Tartu_linnavalitsus, lk 11
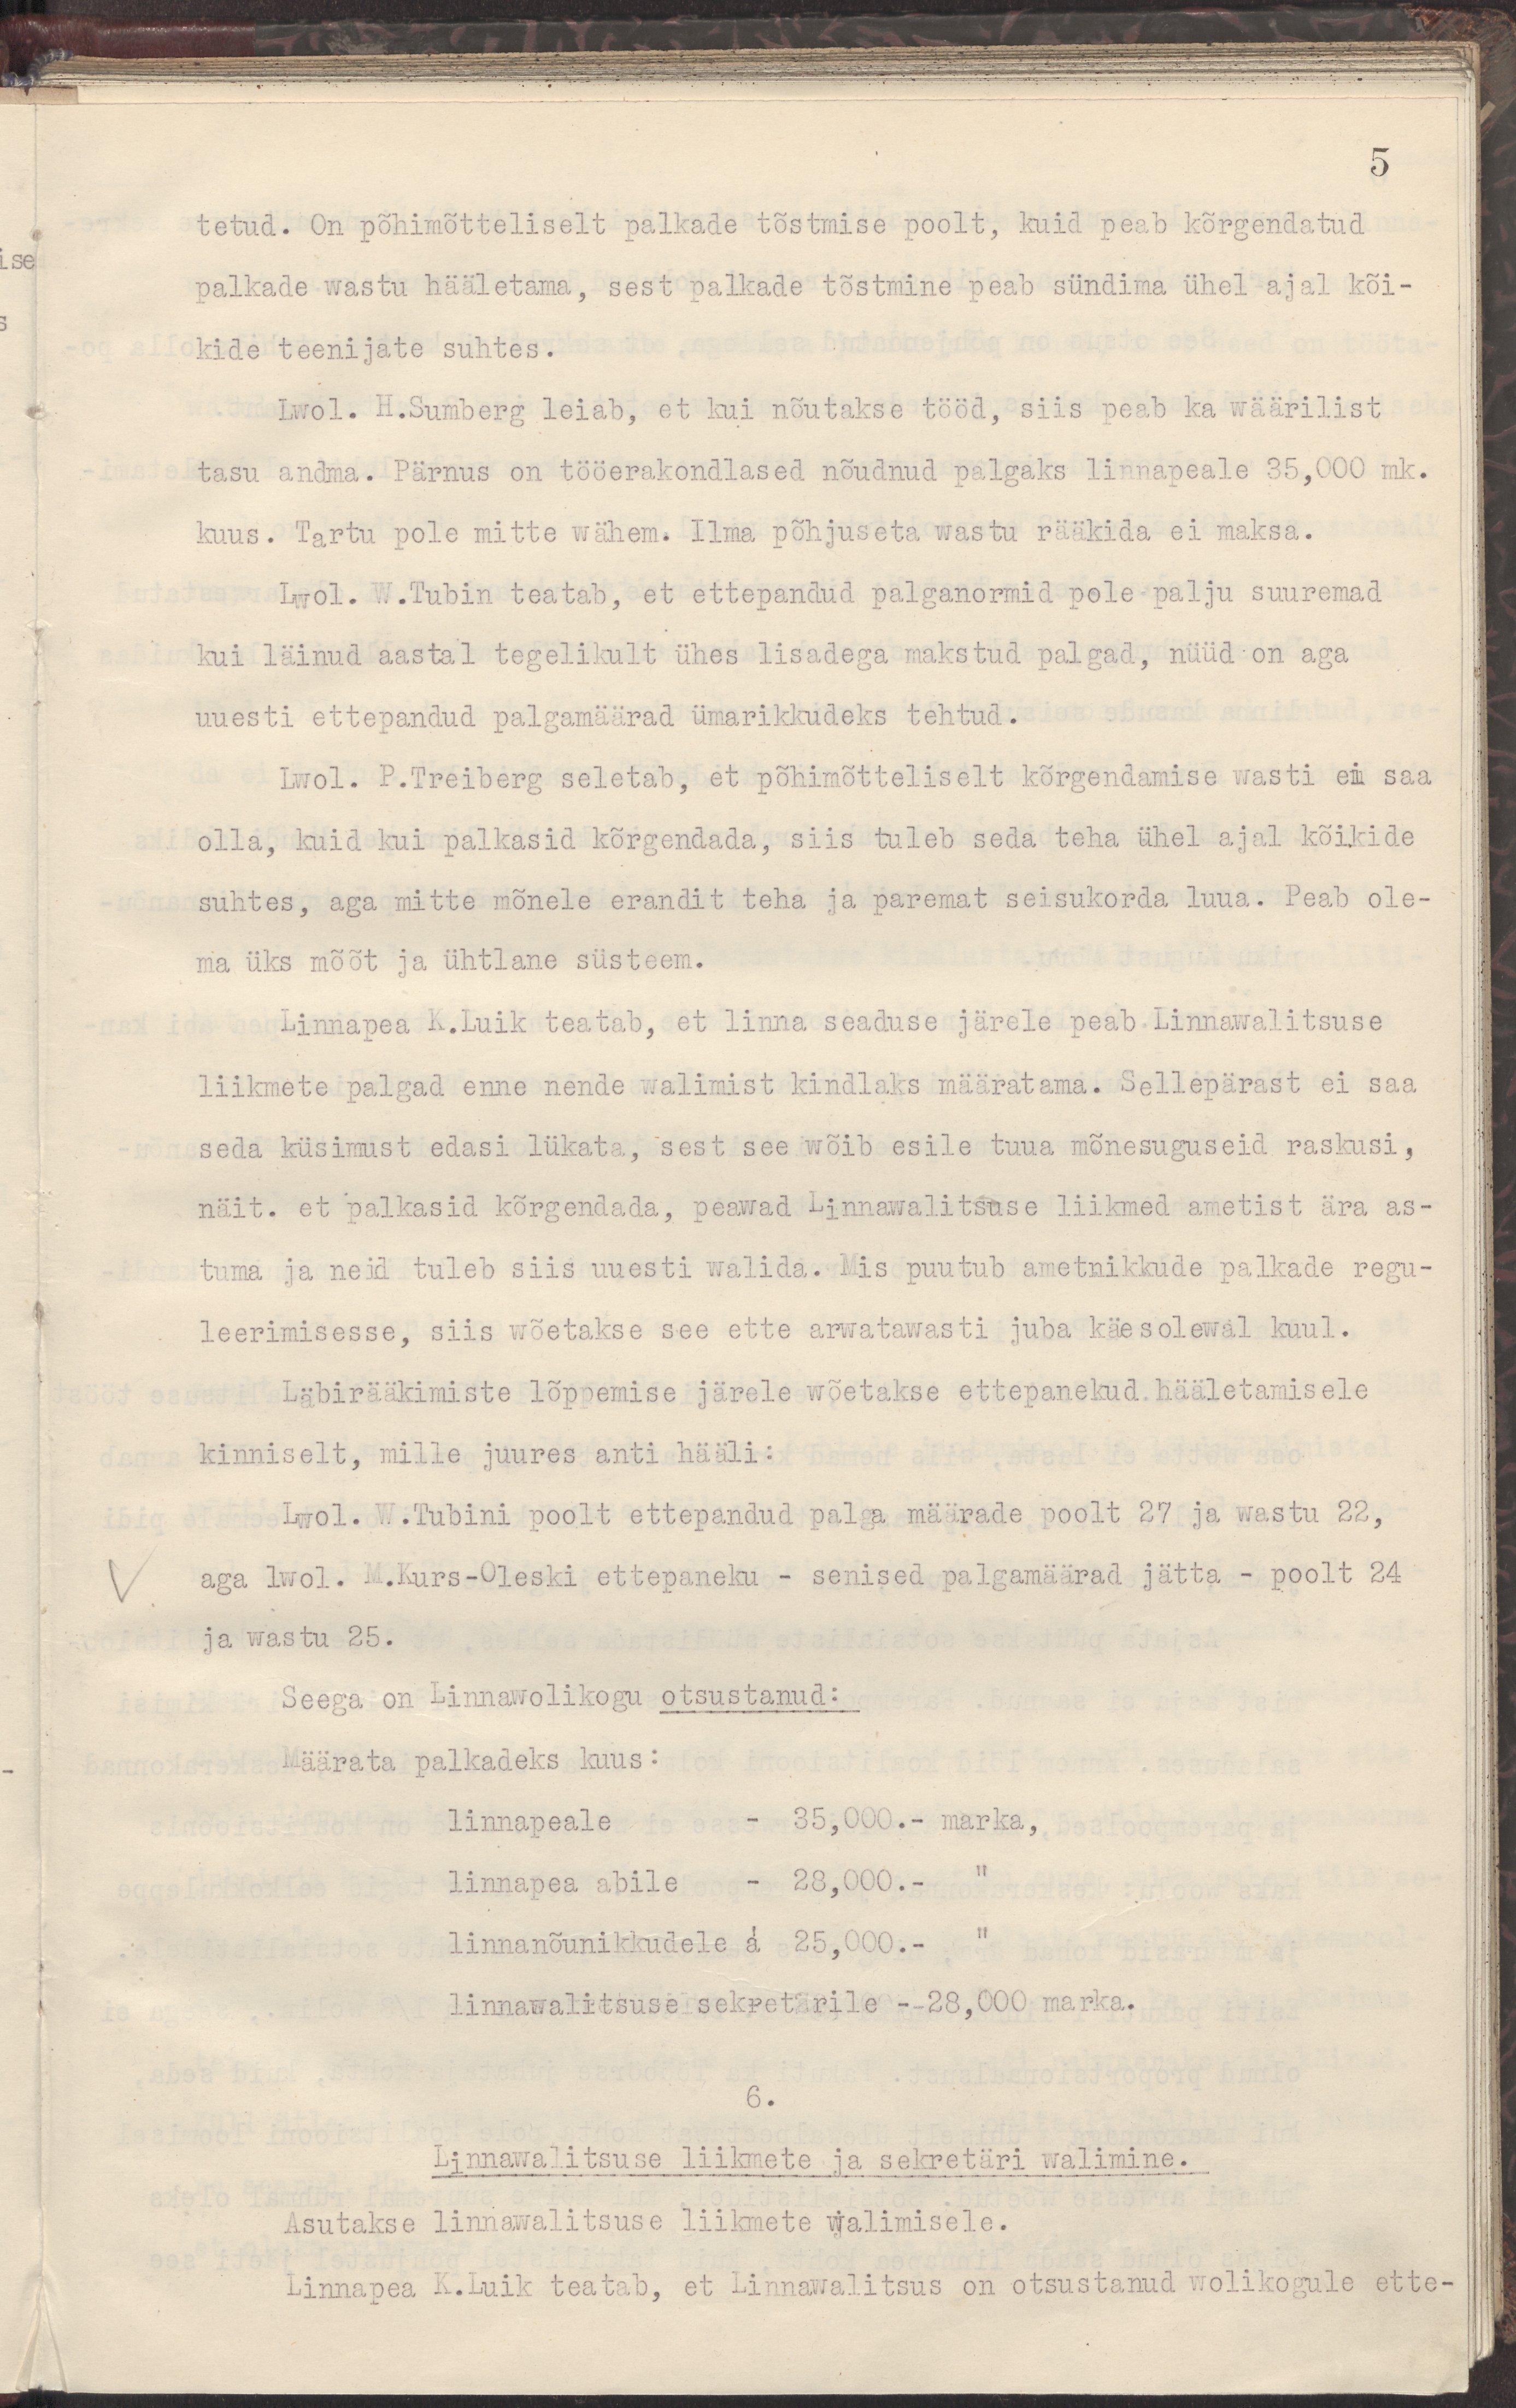
5
tetud. On põhimõtteliselt palkade tõstmise poolt, kuid peab kõrgendatud
palkade wastu hääletama, sest palkade tõstmine peab sündima ühel ajal kõi-
kide teenijate suhtes.
Lwol. H.Sumberg leiab, et kui nõutakse tööd, siis peab ka wäärilist
tasu andma. Pärnus on tööerakondlased nõudnud palgaks linnapeale 35,000 mk.
kuus. Tartu pole mitte wähem. Ilma põhjuseta wastu rääkida ei maksa.
Lwol. W.Tubin teatab, et ettepandud palganormid pole palju suuremad
kui läinud aastal tegelikult ühes lisadega makstud palgad, nüüd on aga
uuesti ettepandud palgamäärad ümarikkudeks tehtud.
Lwol. P.Treiberg seletab, et põhimõtteliselt kõrgendamise wasti ei saa
olla, kuid kui palkasid kõrgendada, siis tuleb seda teha ühel ajal kõikide
suhtes, aga mitte mõnele erandit teha ja paremat seisukorda luua. Peab ole-
ma üks mõõt ja ühtlane süsteem.
Linnapea K.Luik teatab, et linna seaduse järele peab Linnawalitsuse
liikmete palgad enne nende walimist kindlaks määratama. Sellepärast ei saa
seda küsimust edasi lükata, sest see wõib esile tuua mõnesuguseid raskusi,
näit. et palkasid kõrgendada, peawad Linnawalitsuse liikmed ametist ära as-
tuma ja neid tuleb siis uuesti walida. Mis puutub ametnikkude palkade regu-
leerimisse, siis wõetakse see ette arwatawasti juba käesolewal kuul.
Läbirääkimiste lõpemise järele wõetakse ettepanekud hääletamisele
kinniselt, mille juures anti hääli :
Lwol. W.Tubini poolt ettepandud palga määrade poolt 27 ja wastu 22,
aga lwol. M.Kurs-Oleski ettepaneku - senised palgamäärad jätta - poolt 24
ja wastu 25.
Seega on Linnawolikogu otsustanud:
Määrata palkadeks kuus :
linnapeale - 35,000.- marka,
linnapea abile - 28,000.- "
linnanõunikkudele a 25,000.- "
linnawalitsuse sekretärile - 28,000 marka.
6.
Linnawalitsuse liikmete ja sekretäri walimine
Asutakse linnawalitsuse liikmete walimisele.
Linnapea K. Luik teatab, et Linnawalitsus on otsustanud wolikogule ette-